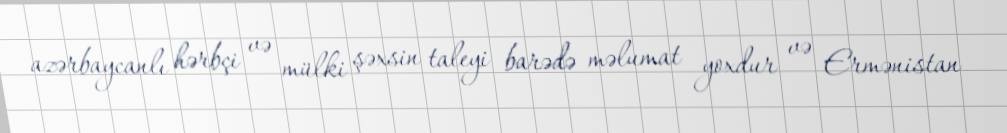
azərbaycanlı hərbçi və mülki şəxsin taleyi barədə məlumat yoxdur və Ermənistan